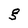
Character: g